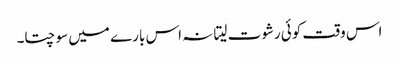
اس وقت کوئی رشوت لیتا نہ اس بارے میں سوچتا۔